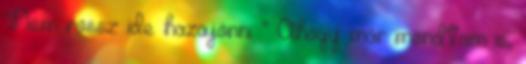
"Nem rossz ide hazajönni ” Ahogy már mondtam is,